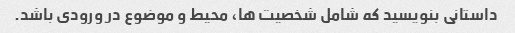
داستانی بنویسید که شامل شخصیت ها، محیط و موضوع در ورودی باشد.